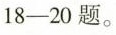
18-20题。